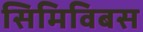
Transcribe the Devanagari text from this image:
सिमिविबस